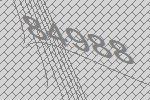
84988